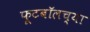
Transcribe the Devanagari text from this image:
फूटबॉलच्या